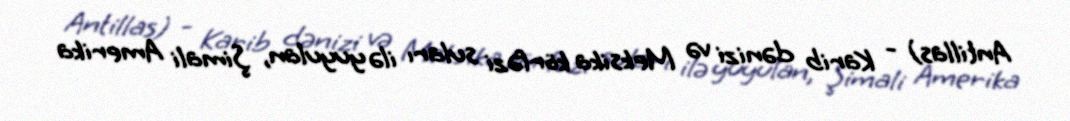
Antillas) - Karib dənizi və Meksika körfəzi suları ilə yuyulan, Şimali Amerika